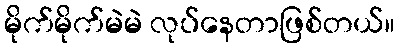
မိုက်မိုက်မဲမဲ လုပ်နေတာဖြစ်တယ်။